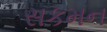
સકમન